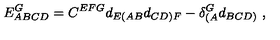
E _ { A B C D } ^ { G } = C ^ { E F G } d _ { E ( A B } d _ { C D ) F } - \delta _ { ( A } ^ { G } d _ { B C D ) } \ ,